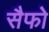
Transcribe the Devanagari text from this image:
सैफो